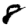
Digit: 8